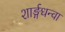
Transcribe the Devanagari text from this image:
शार्ङ्गधन्वा